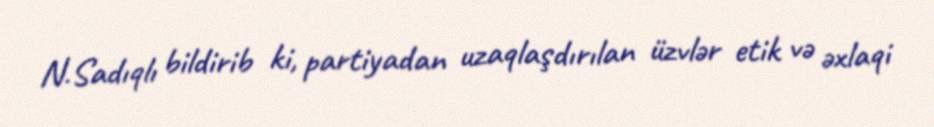
N.Sadıqlı bildirib ki, partiyadan uzaqlaşdırılan üzvlər etik və əxlaqi